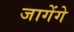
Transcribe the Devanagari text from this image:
जागेंगे